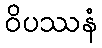
ဝိပဿနံ